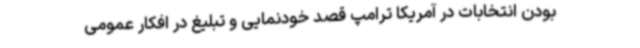
بودن انتخابات در آمریکا ترامپ قصد خودنمایی و تبلیغ در افکار عمومی